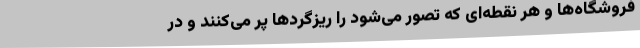
فروشگاه‌‌ها و هر نقطه‌ای که تصور می‌شود را ریزگردها پر می‌کنند و در